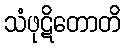
သံဖုဋိတောတိ